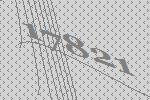
17821